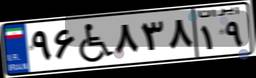
۹۶W۸۳۸۱۹